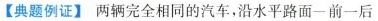
【典题例证】两辆完全相同的汽车，沿水平路面一前一后